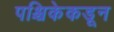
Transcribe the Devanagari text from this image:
पश्चिकेकडून